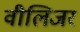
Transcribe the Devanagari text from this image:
वीलिजर